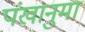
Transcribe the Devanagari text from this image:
पंखानुमा